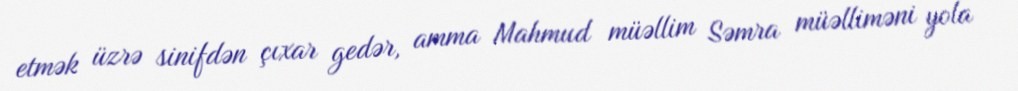
etmək üzrə sinifdən çıxar gedər, amma Mahmud müəllim Səmra müəlliməni yola